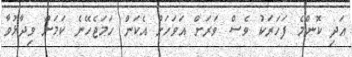
އަދި ކޮންމެ ފަހަރަކު ވެސް ވަރަށް އަވަހަށް އެކަން ހަމަޖެހޭނެ ކަމަށް ވިދާޅުވާ